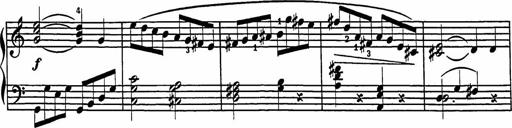
Title: 2 Sonatines
Composer: Richard Zeckwer